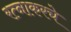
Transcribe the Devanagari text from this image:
रत्‍नाकरचे